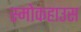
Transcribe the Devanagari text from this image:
स्मोकहाउस